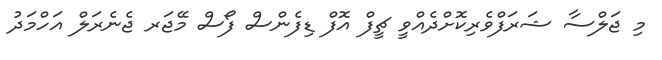
މި ޖަލްސާ ޝަރަފްވެރިކޮށްދެއްވީ ޗީފް އޮފް ޑިފެންސް ފޯސް މޭޖަރ ޖެނެރަލް އަހްމަދު